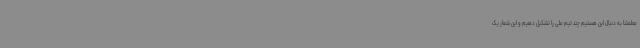
مطمئنا به دنبال این هستیم چند تیم ملی را تشکیل دهیم و این شعار یک